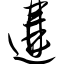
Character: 遘